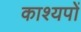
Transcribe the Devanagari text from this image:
काश्यपों